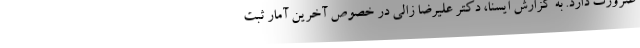
ضرورت دارد. به گزارش ایسنا، دکتر علیرضا زالی در خصوص آخرین آمار ثبت